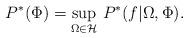
LaTeX: \begin{align*}P^*(\Phi) = \sup\limits_{\Omega \in {\mathcal H}}\,P^*(f|\Omega,\Phi).\end{align*}